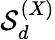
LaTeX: {\cal S}_{d}^{(X)}